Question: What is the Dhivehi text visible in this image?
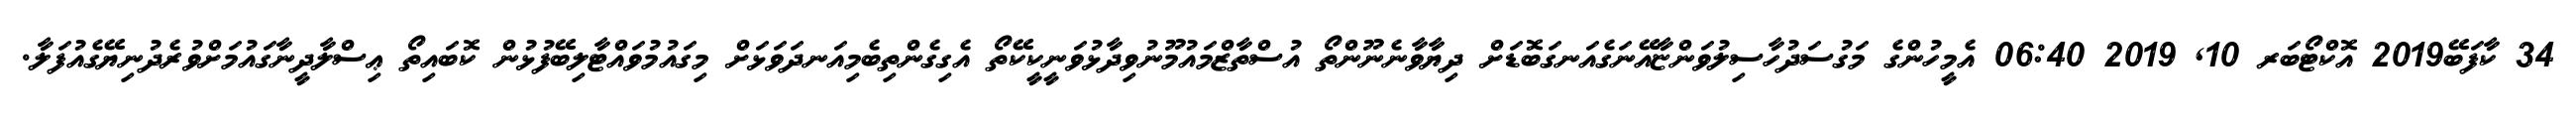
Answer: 34 ކާފަބޭ2019 އޮކްޓޯބަރ 10, 2019 06:40 އެމީހުންގެ މަގުސަދުހާސިލުވަންޏާއޭނަގެއަނގަބޮޑަށް ދިޔާވާނެނޫންތޯ އުސްތާޒްމައުމޫނުވިދާޅުވަނީކީކޭތޯ އެގިގެންތިބެމިއަނދަވަޅަށް މިގައުމުވައްޓާލިބޭފުޅުން ކޮބައިތޯ ޢިސްލާދީނާގައުމަށްވުރެދުނިޔޭގެއުފަލާ.